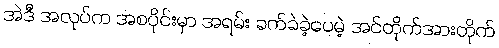
အဲဒီ အလုပ်က အစပိုင်းမှာ အရမ်း ခက်ခဲခဲ့ပေမဲ့ အင်တိုက်အားတိုက်